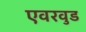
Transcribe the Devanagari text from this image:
एवरवुड